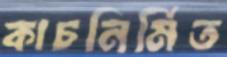
কাচনির্মিত